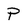
Character: P